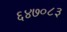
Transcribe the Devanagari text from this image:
६४७०८३